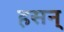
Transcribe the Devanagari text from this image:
हसन्